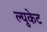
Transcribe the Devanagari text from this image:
ल्युकेट